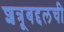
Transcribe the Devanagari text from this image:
शत्रूबद्दलची